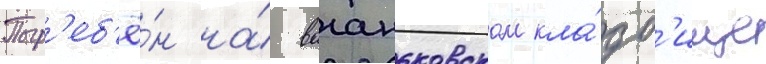
Погр'еб'ё́н на́ ваганьковском кла́дб'ище